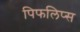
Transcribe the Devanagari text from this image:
पिफलिप्स